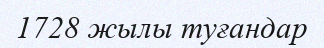
1728 жылы туғандар